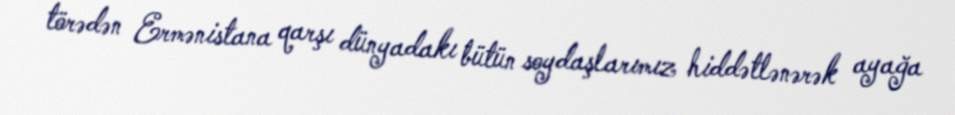
törədən Ermənistana qarşı dünyadakı bütün soydaşlarımız hiddətlənərək ayağa